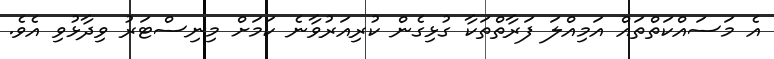
އެ މަސައްކަތްތައް އަމިއްލަ ފަރާތްތަކާ ގުޅިގެން ކުރިއަރުވާނެ ކަމަށް މިނިސްޓަރު ވިދާޅުވި އެވެ.